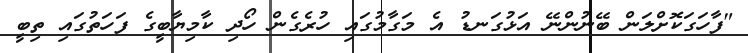
"ފާހަގަކޮށްލަން ބޭނުންނޭ އަޅުގަނޑު އެ މަގާމުގައި ހުރެގެން ހޯދި ކާމިޔާބީގެ ފަހަތުގައި ތިބީ